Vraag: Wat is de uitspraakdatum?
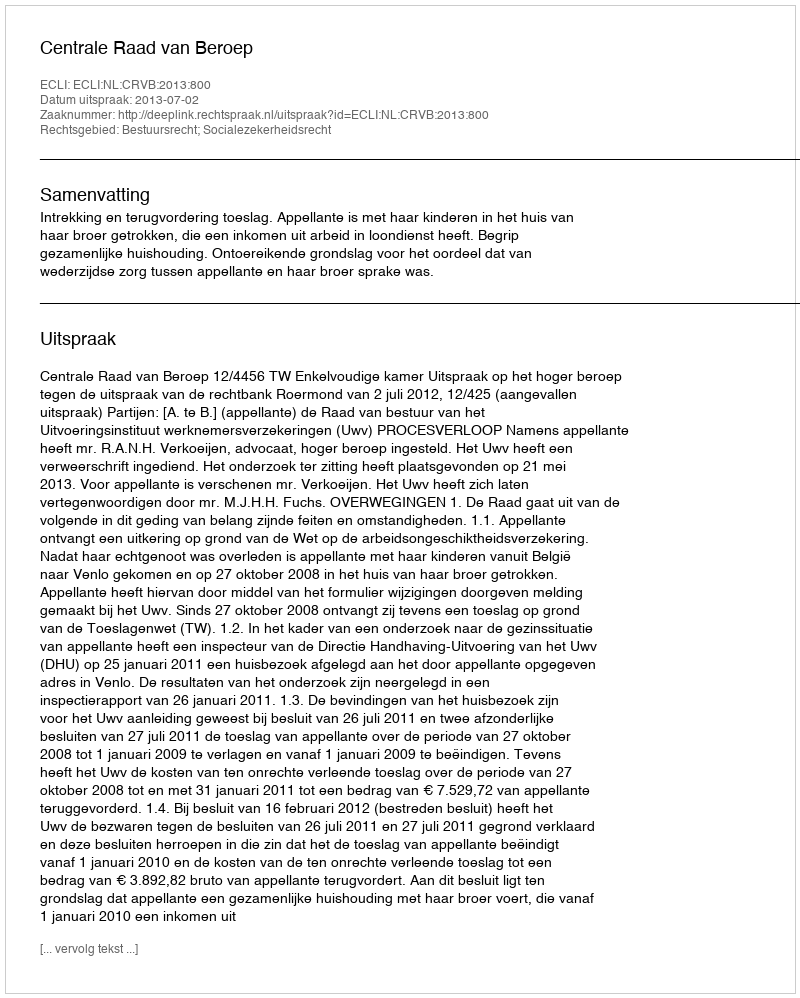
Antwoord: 2013-07-02